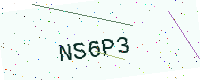
Text: NS6P3